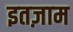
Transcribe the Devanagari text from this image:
इतज़ाम